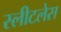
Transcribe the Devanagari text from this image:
स्लीटलेस